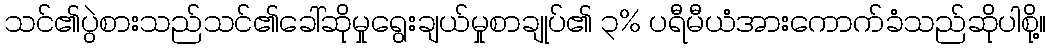
သင်၏ပွဲစားသည်သင်၏ခေါ်ဆိုမှုရွေးချယ်မှုစာချုပ်၏ ၃% ပရီမီယံအားကောက်ခံသည်ဆိုပါစို့။